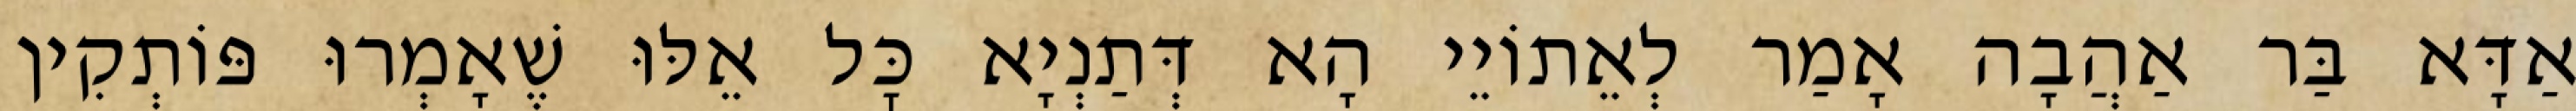
אַדָּא בַּר אַהֲבָה אָמַר לְאֵתוֹיֵי הָא דְּתַנְיָא כׇּל אֵלּוּ שֶׁאָמְרוּ פּוֹתְקִין